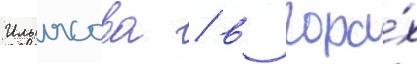
Ильясова / в гора́х